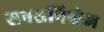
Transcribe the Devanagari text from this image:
सनसनिखेज